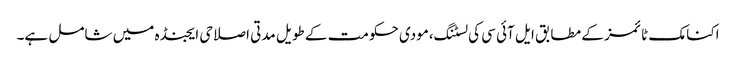
اکنامک ٹائمز کے مطابق ایل آئی سی کی لسٹنگ،مودی حکومت کے طویل مدتی اصلاحی ایجنڈہ میں شامل ہے۔